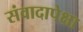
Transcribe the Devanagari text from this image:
संवादापेक्षा